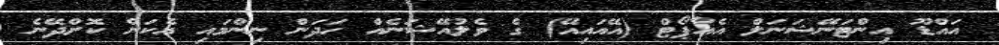
އައްޑޫ އިންޓަނޭޝަނަލް އެއާޕޯޓް (އޭއައިއޭ) ގެ ވެލުއޭޝަނެއް ހަދަން ނިންމައި އެކަން ކޮށްދޭނެ